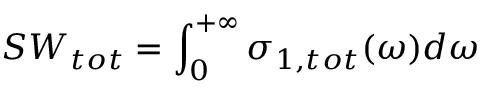
S W _ { t o t } = \int _ { 0 } ^ { + \infty } \sigma _ { 1 , t o t } ( \omega ) d \omega